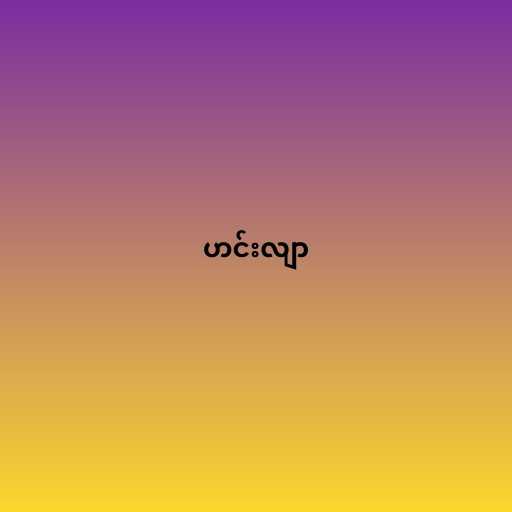
ဟင်းလျာ